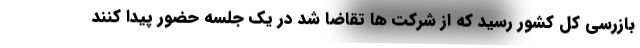
بازرسی کل کشور رسید که از شرکت ها تقاضا شد در یک جلسه حضور پیدا کنند